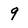
Character: 9